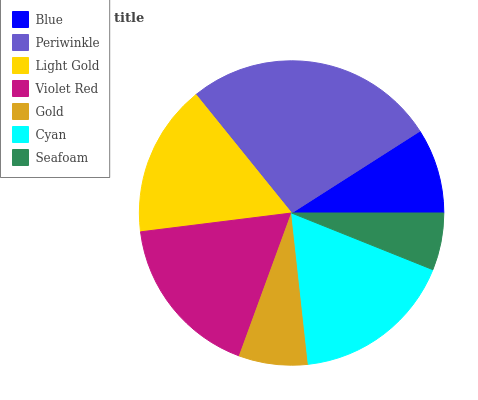
| Blue | Periwinkle | Light Gold | Violet Red | Gold | Cyan | Seafoam |
 | --- | --- | --- | --- | --- | --- | --- |
 | 9.03% | 26.7% | 16.2% | 17.5% | 7.31% | 17.2% | 6.06% |